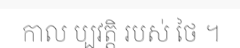
កាល ប្បវត្តិ របស់ ថៃ ។